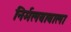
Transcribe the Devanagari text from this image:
निर्मलबाबाला